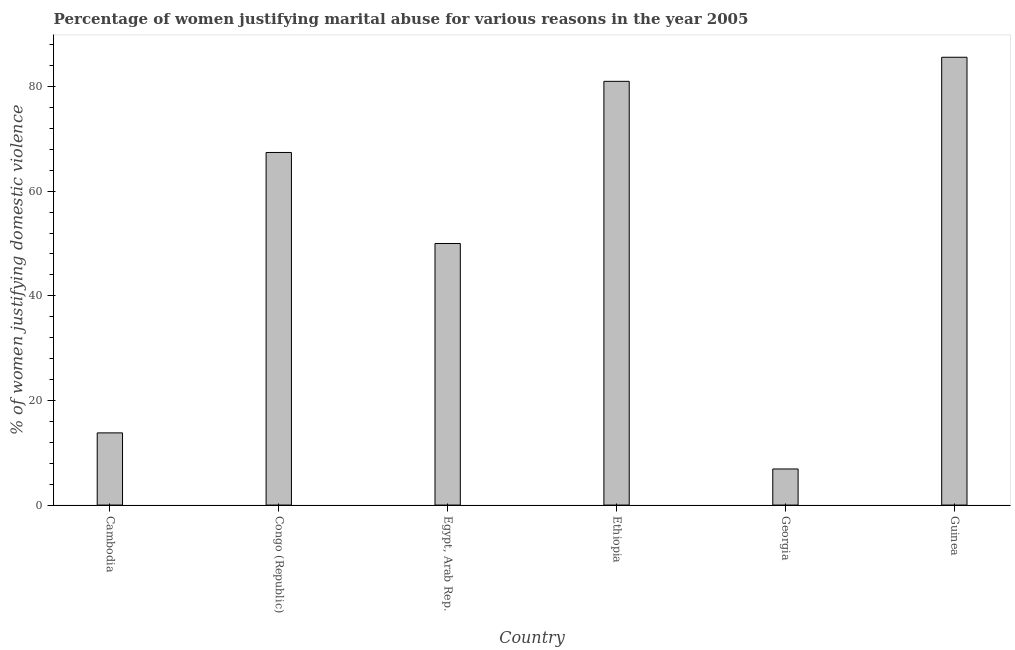
| Country | Physical abuse |
 | --- | --- |
 | Cambodia | 13.8 |
 | Congo (Republic) | 67.4 |
 | Egypt, Arab Rep. | 50 |
 | Ethiopia | 81 |
 | Georgia | 6.9 |
 | Guinea | 85.6 |